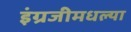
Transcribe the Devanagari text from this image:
इंग्रजीमधल्या